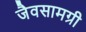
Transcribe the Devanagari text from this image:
जैवसामग्री